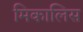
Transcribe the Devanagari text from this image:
मिकालिस